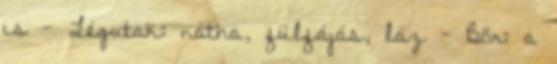
is - Légutak: nátha, fülfájás, láz - Bőr: a